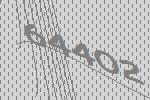
64402